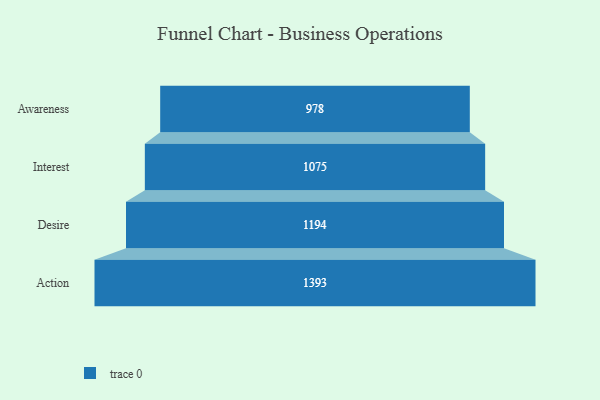
{"axis": {"x": "Stage", "y": "Value"}, "legend": [""], "data": [{"x": "Awareness", "y": 978.0, "type": ""}, {"x": "Interest", "y": 1075.0, "type": ""}, {"x": "Desire", "y": 1194.0, "type": ""}, {"x": "Action", "y": 1393.0, "type": ""}]}